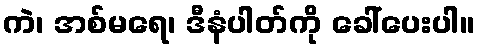
ကဲ၊ အစ်မရေ၊ ဒီနံပါတ်ကို ခေါ်ပေးပါ။